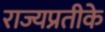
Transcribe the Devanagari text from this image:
राज्यप्रतीके